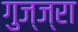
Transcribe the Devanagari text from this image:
गुज्ज्रा